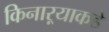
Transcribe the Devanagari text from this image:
किनाऱ्याकडे